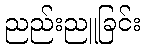
ညည်းညူခြင်း